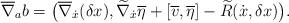
LaTeX: \begin{align*} \overline{ \nabla } _a b = \bigl( \overline{ \nabla } _{ \dot{x} } ( \delta x ) , \widetilde{ \nabla } _{ \dot{x} } \overline{ \eta } + [ \overline{ v }, \overline{ \eta } ] - \widetilde{ R } ( \dot{x}, \delta x ) \bigr) .\end{align*}